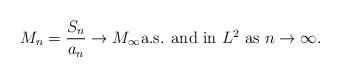
LaTeX: \begin{align*}M_n=\dfrac{S_n}{a_n} \to M_{\infty}\mbox{a.s. and in $L^2$ as $n \to \infty$.}\end{align*}